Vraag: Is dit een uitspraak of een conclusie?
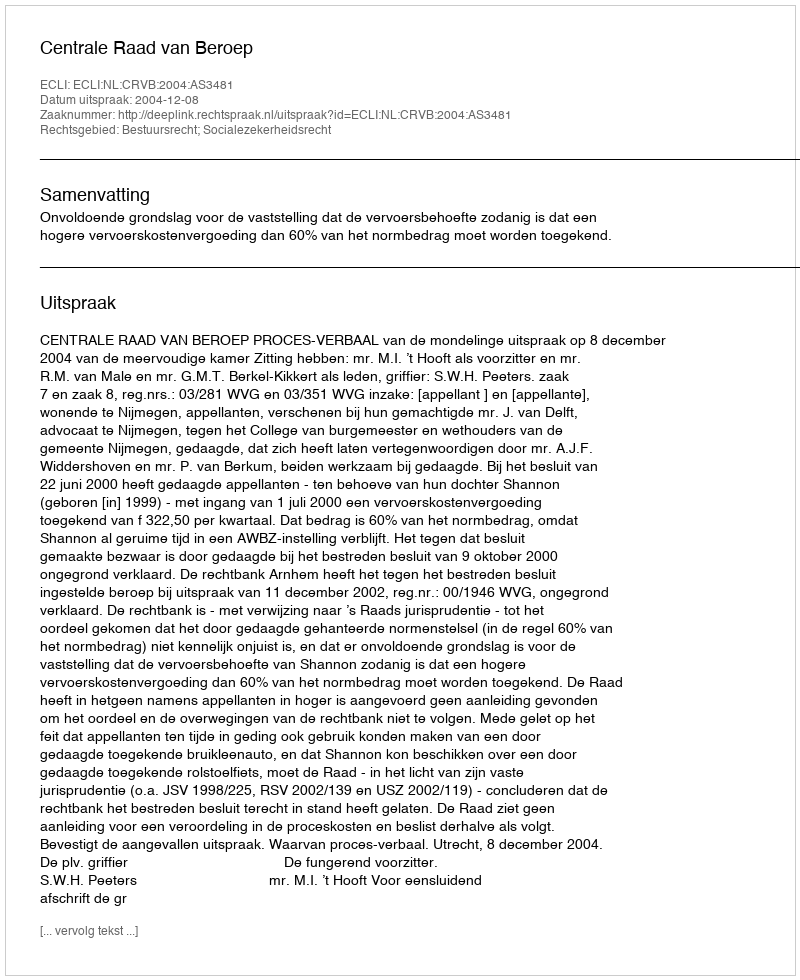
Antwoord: Uitspraak